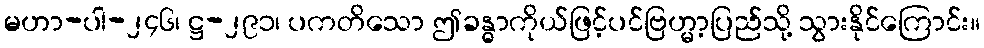
မဟာ-ပါ-၂၄၆၊ ဋ္ဌ-၂၉၁၊ ပကတိသော ဤခန္ဓာကိုယ်ဖြင့်ပင်ဗြဟ္မာ့ပြည်သို့ သွားနိုင်ကြောင်း။